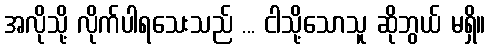
အလိုသို့ လိုက်ပါရသေးသည် ... ငါသို့သောသူ ဆိုဘွယ် မရှိ။